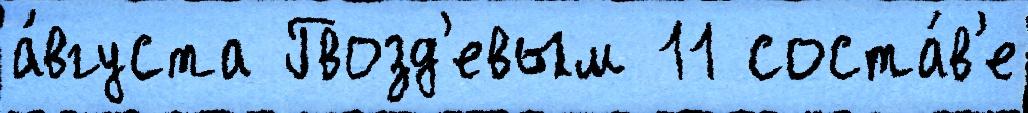
а́вгуста Гвозд'евым 11 соста́в'е